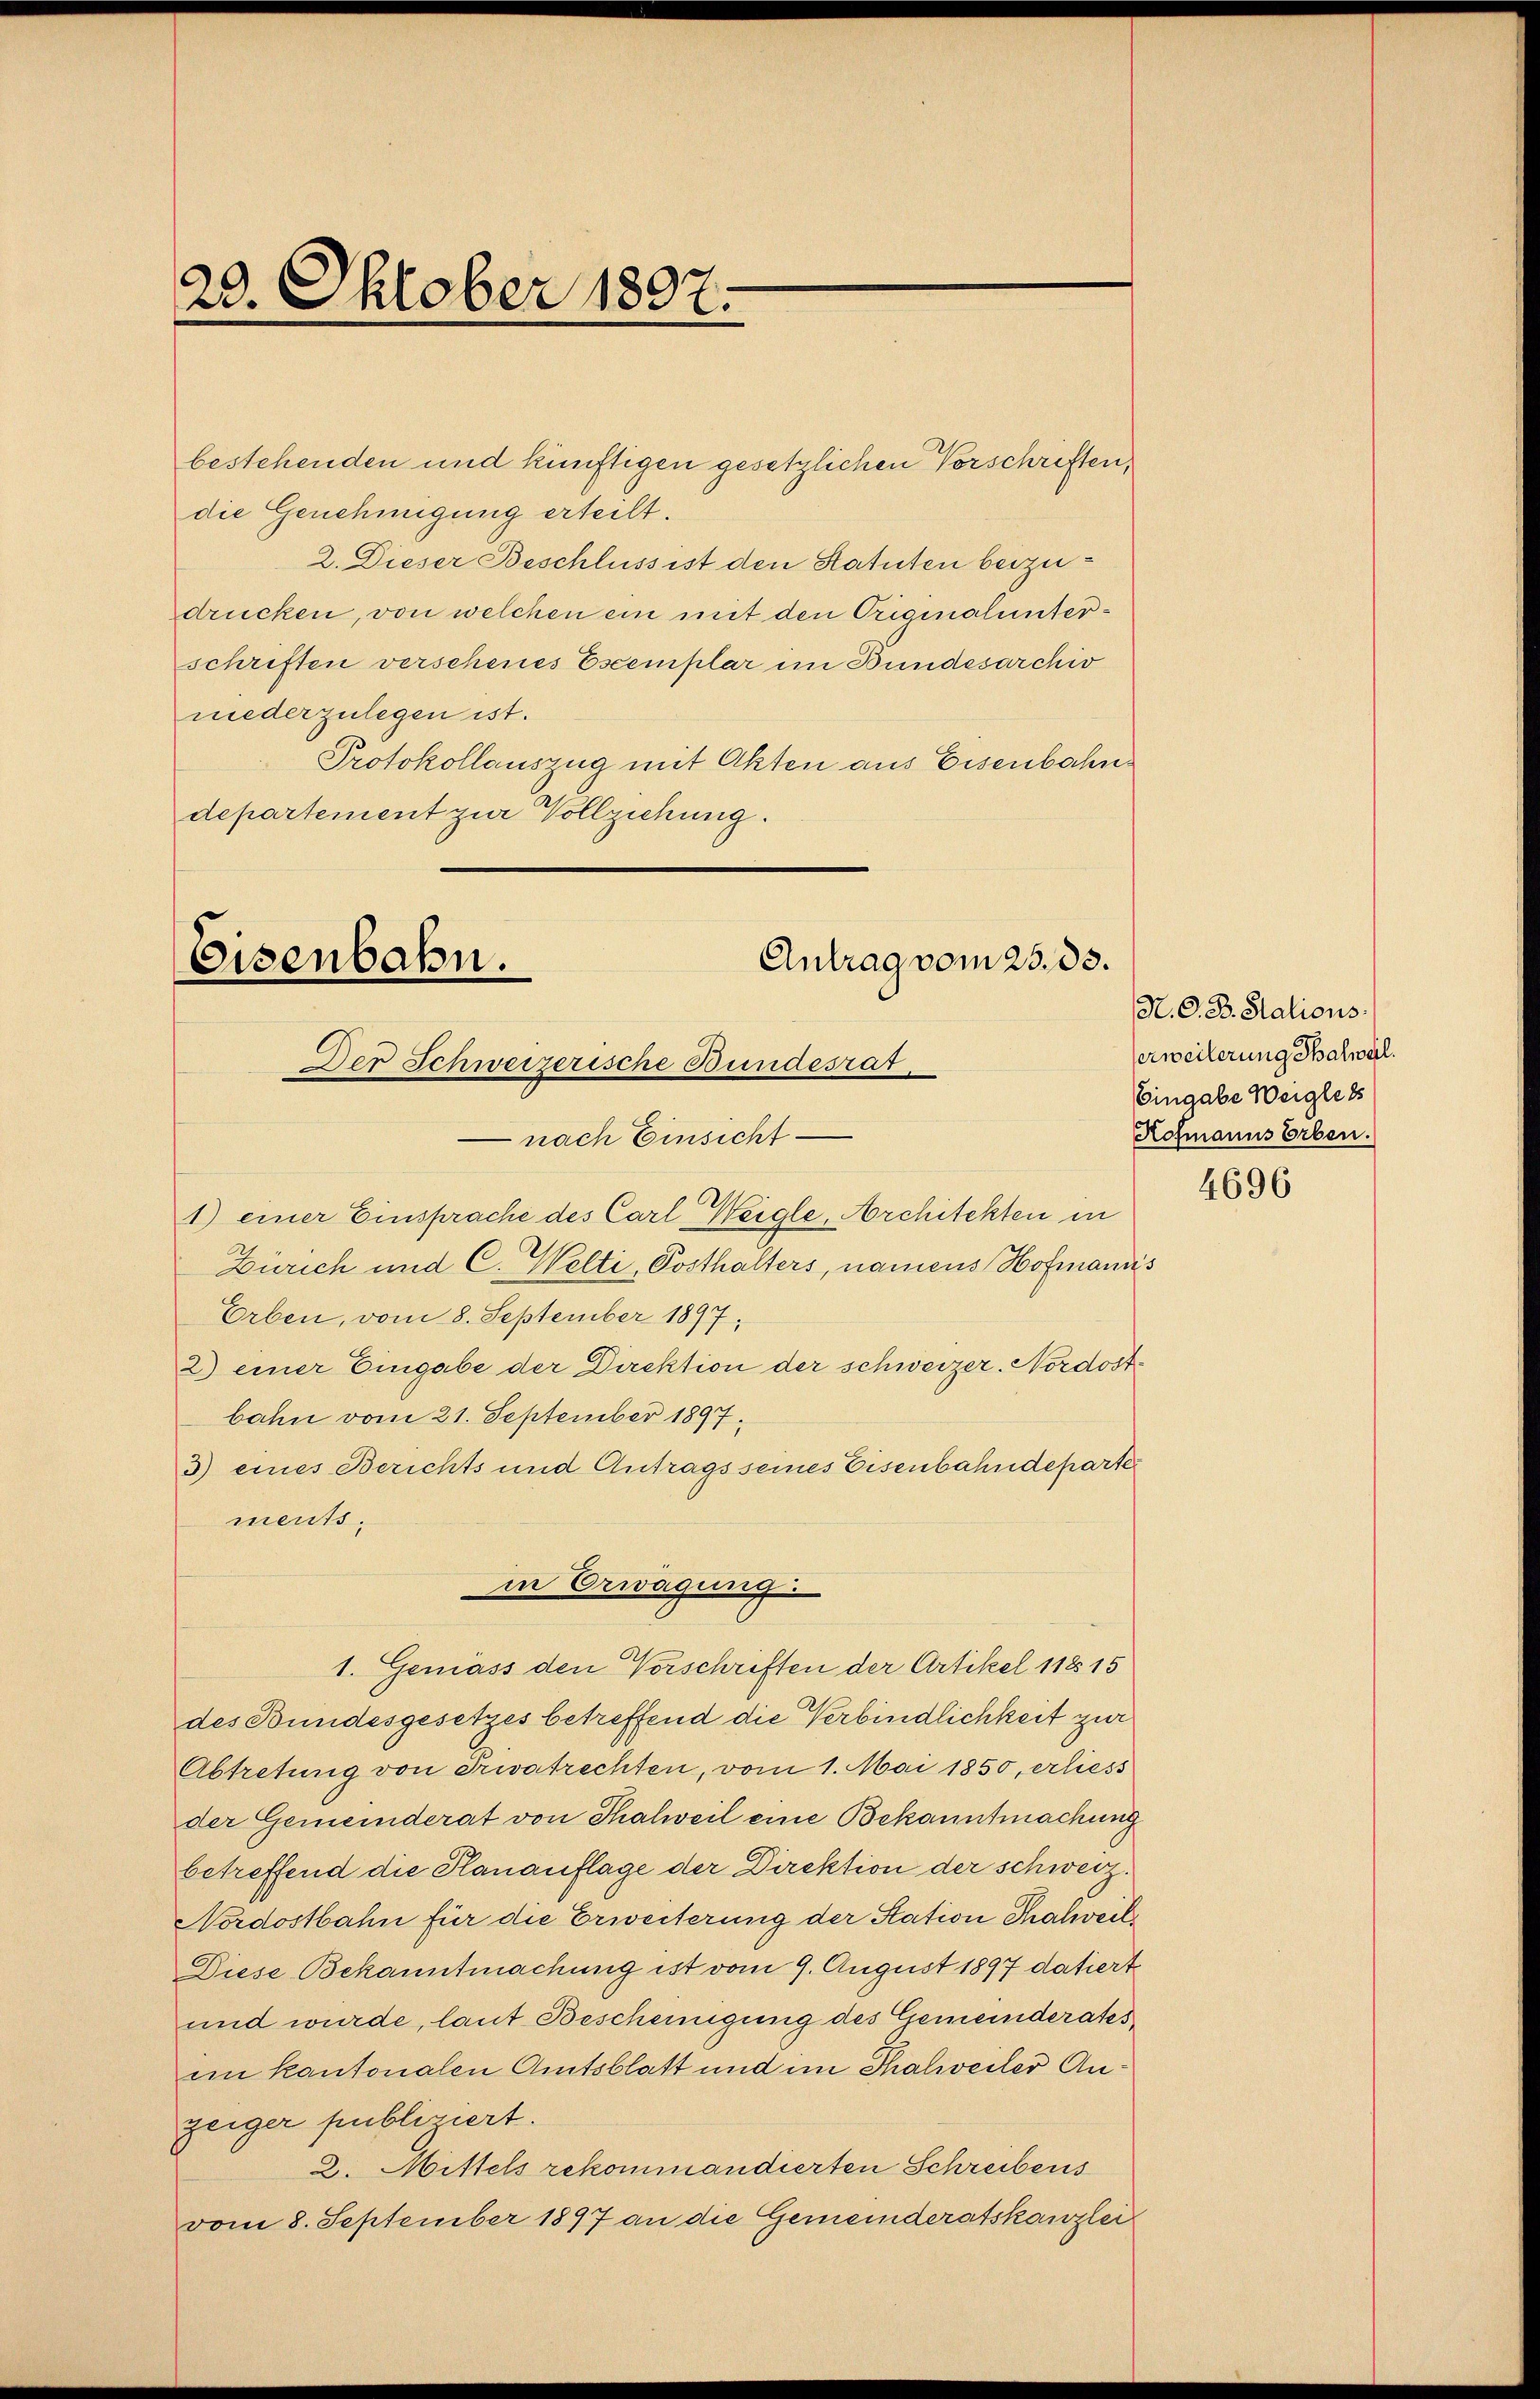
bestehenden und künftigen gesetzlichen Vorschriften,
die Genehmigung erteilt.
2. Dieser Beschluss ist den Statuten beizudrücken, von welchen ein mit den Originalunterschriften verschenes Escemplar im Bundesarchiv
niederzulegen ist.
Protokollauszug mit Akten aus Eisenbahn
departement zur Vollziehung.

20. Oktober 1897.

Antrag vom 25. 33.
Eisenbahn.
Der Schweizerische Bundesrat.

in Erwägung

nach Einsicht
1) einer Einsprache des Carl Weigle, Architekten in
Zürich und C. Welti, Posthalters, namens Hofmannis
Erben, vom 8. September 1897,
2) einer Eingabe der Direktion der schweizer. Nordostbahn vom 21. September 1897.
3) eines Berichts und Antrags seines Eisenbahndeparte
ments.
1. Gemäss den Vorschriften der Artikel 11815
des Bundesgesetzes betreffend die Verbindlichkeit zur
Abtretung von Privatrechten, vom 1. Mai 1850, erliess
der Gemeinderat von Thalweil eine Bekanntmachung
betreffend die Hanauflage der Direktion der schweiz.
Nordostbahn für die Erweiterung der Station Thalweil
Diese Bekanntmachung ist vom 9. August 1897 datiert
und wurde, laut Bescheinigung des Gemeinderates
iin Kantonalen Amtsblatt und im Thalweiler Anzeiger publiziert.
2. Mittels rekommandierten Schreibens
vom 8. September 1897 an die Gemeinderatskanzlei

N. O. B. Stations.
serweilerung Thalweil.
Eingabe Weiglets
Kofmanns Erben.

4696